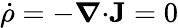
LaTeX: \dot{\rho}=-\boldsymbol{\nabla}\mathbf{\cdot}\mathbf{J}=0